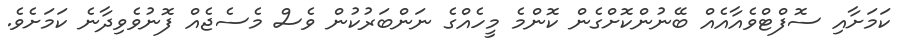
ކަމަށާއި ސޮފްޓްވެއާއެއް ބޭނުންކޮށްގެން ކޮންމެ މީހެއްގެ ނަންބަރުކުން ވެސް މެސެޖެއް ފޮނުވެވިދާނެ ކަމަަށެވެ.